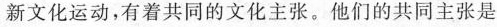
新文化运动，有着共同的文化主张。他们的共同主张是